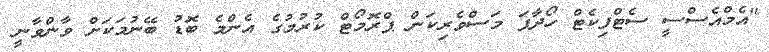
"އެމްއެސްސީ ސެޓްފިކެޓް ހޯދާފަ މަސްވެރިކަން ޕްރޮމޯޓް ކުރުމުގެ އެންމެ ބޮޑު ބޭނުމަކަށް ވާންވާނީ